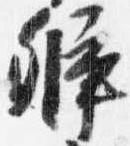
弁